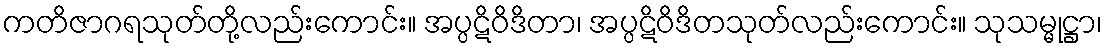
ကတိဇာဂရသုတ်တို့လည်းကောင်း။ အပ္ပဋိဝိဒိတာ၊ အပ္ပဋိဝိဒိတသုတ်လည်းကောင်း။ သုသမ္မုဋ္ဌာ၊